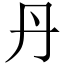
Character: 丹